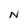
Character: N